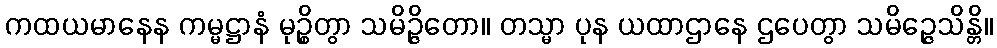
ကထယမာနေန ကမ္မဋ္ဌာနံ မုဉ္စိတွာ သမိဉ္ဇိတော။ တသ္မာ ပုန ယထာဌာနေ ဌပေတွာ သမိဉ္ဇေသိန္တိ။